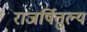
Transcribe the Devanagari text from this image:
राजर्षितुल्य